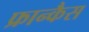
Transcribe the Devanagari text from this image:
फ्रान्कैस